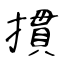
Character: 摜